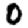
Digit: 0